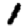
Digit: 1